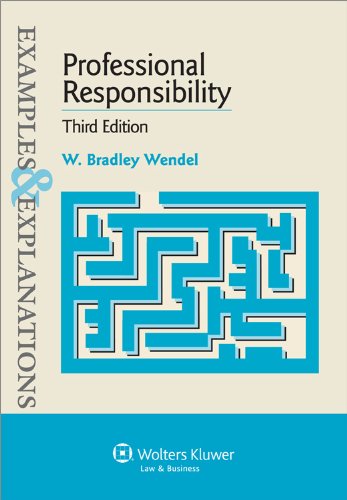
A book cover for Examples & Explanations: Professional Responsibility 3rd Edition; W. Bradley Wendel; Law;